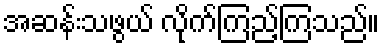
အဆန်းသဖွယ် လိုက်ကြည့်ကြသည်။